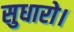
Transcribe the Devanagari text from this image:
सुधारो।